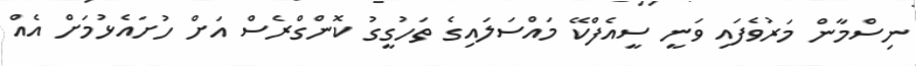
ނިސްމާން މަރުވެފައި ވަނީ ސީއެފްކޭ މައްސަލައިގެ ތަހުގީގު ކޮންގްރެސް އަށް ހުށައެޅުމަށް އެއް